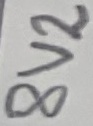
Text: 8V2